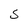
Character: S